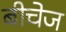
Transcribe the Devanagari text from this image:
बीचेज